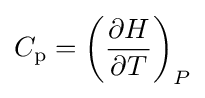
C_{\mathrm {p} }=\left({\frac {\partial H}{\partial T}}\right)_{P}